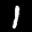
Label: 1